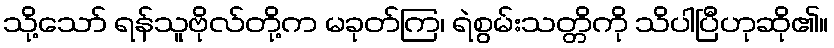
သို့သော် ရန်သူဗိုလ်တို့က မခုတ်ကြ၊ ရဲစွမ်းသတ္တိကို သိပါပြီဟုဆို၏။